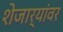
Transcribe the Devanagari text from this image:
शेजार्यांवर